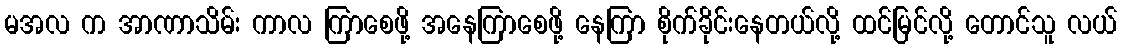
မအလ က အာဏာသိမ်း ကာလ ကြာစေဖို့ အနေကြာစေဖို့ နေကြာ စိုက်ခိုင်းနေတယ်လို့ ထင်မြင်လို့ တောင်သူ လယ်